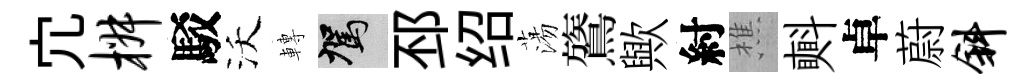
宂椒駁沃轉駕邳绍蕩鷟歟紂樵㪺卓蔚斜